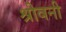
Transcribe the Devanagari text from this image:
श्रीवनी